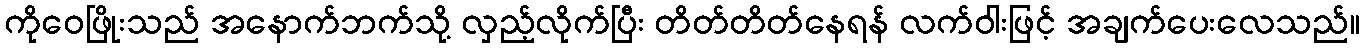
ကိုဝေဖြိုးသည် အနောက်ဘက်သို့ လှည့်လိုက်ပြီး တိတ်တိတ်နေရန် လက်ဝါးဖြင့် အချက်ပေးလေသည်။